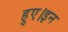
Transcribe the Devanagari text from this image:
हुए।इन